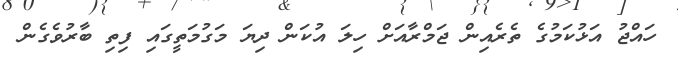
ހައްޖު އަޅުކަމުގެ ތެރެއިން ޖަމްރާއަށް ހިލަ އުކަން ދިޔަ މަގުމަތީގައި ފިތި ބާރުވެގެން